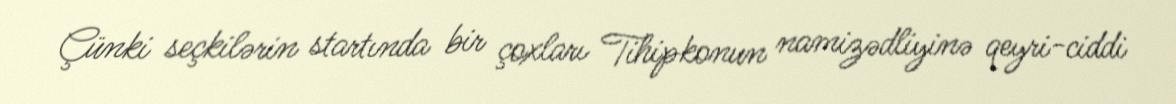
Çünki seçkilərin startında bir çoxları Tihipkonun namizədliyinə qeyri-ciddi